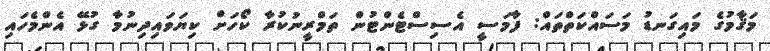
މަޤާމުގެ މައިގަނޑު މަސައްކަތްތައް: ފާމަސީ އެސިސްޓެންޓުން ތަމްރީނުކުރާ ކޯހަށް ކިޔަވައިދިނުމާ ގުޅޭ އެންމެހައި